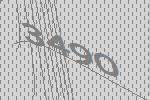
3490